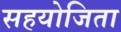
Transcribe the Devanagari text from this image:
सहयोजिता